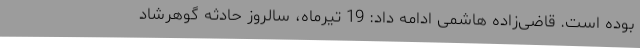
بوده است. قاضی‌زاده هاشمی ادامه داد: 19 تیرماه، سالروز حادثه گوهرشاد